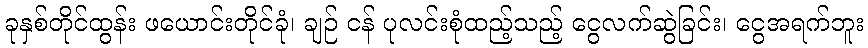
ခုနှစ်တိုင်ထွန်း ဖယောင်းတိုင်ခုံ၊ ချဉ် ငန် ပုလင်းစုံထည့်သည့် ငွေလက်ဆွဲခြင်း၊ ငွေအရက်ဘူး